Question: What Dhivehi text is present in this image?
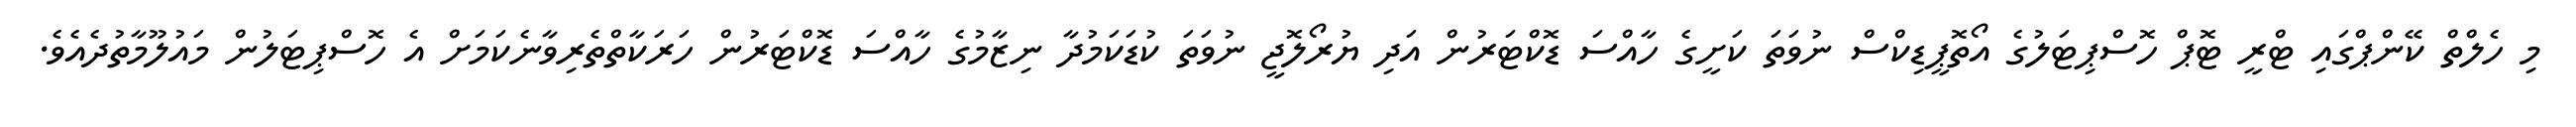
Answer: މި ހެލްތް ކޭންޕްގައި ޓްރީ ޓޮޕް ހޮސްޕިޓަލުގެ އޯތޮޕީޑިކްސް ނުވަތަ ކަށީގެ ހާއްސަ ޑޮކްޓަރުން އަދި ޔުރޯލޮޖީ ނުވަތަ ކުޑަކަމުދާ ނިޒާމުގެ ހާއްސަ ޑޮކްޓަރުން ހަރަކާތްތެރިވާނެކަމަށް އެ ހޮސްޕިޓަލުން މައުލޫމާތުދެއެވެ.